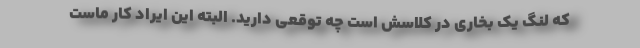
که لنگ یک بخاری در کلاسش است چه توقعی دارید. البته این ایراد کار ماست